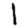
Digit: 1